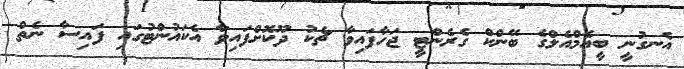
އެނގުނީ ބީއެމްއެލްގެ ބޭންކް ގެރެންޓީ ޖަހާފައިވާ ޗެކު ދޫކޮށްފައިވާ އެކައުންޓުގައި ފައިސާ ނެތް